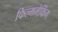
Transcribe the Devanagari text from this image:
फिल्ममेकिंग